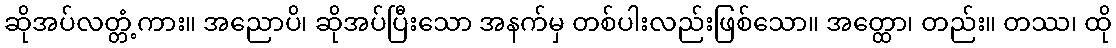
ဆိုအပ်လတ္တံ့ကား။ အညောပိ၊ ဆိုအပ်ပြီးသော အနက်မှ တစ်ပါးလည်းဖြစ်သော။ အတ္ထော၊ တည်း။ တဿ၊ ထို